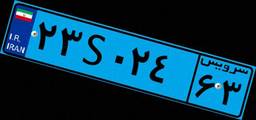
۲۳S۰۲۴۶۳